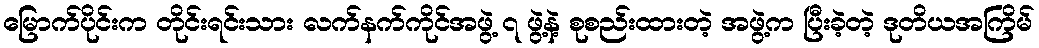
မြောက်ပိုင်းက တိုင်းရင်းသား လက်နက်ကိုင်အဖွဲ့ ၇ ဖွဲ့နဲ့ စုစည်းထားတဲ့ အဖွဲ့က ပြီးခဲ့တဲ့ ဒုတိယအကြိမ်